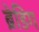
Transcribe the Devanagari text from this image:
ब्रेडिग